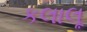
કલાલૂ